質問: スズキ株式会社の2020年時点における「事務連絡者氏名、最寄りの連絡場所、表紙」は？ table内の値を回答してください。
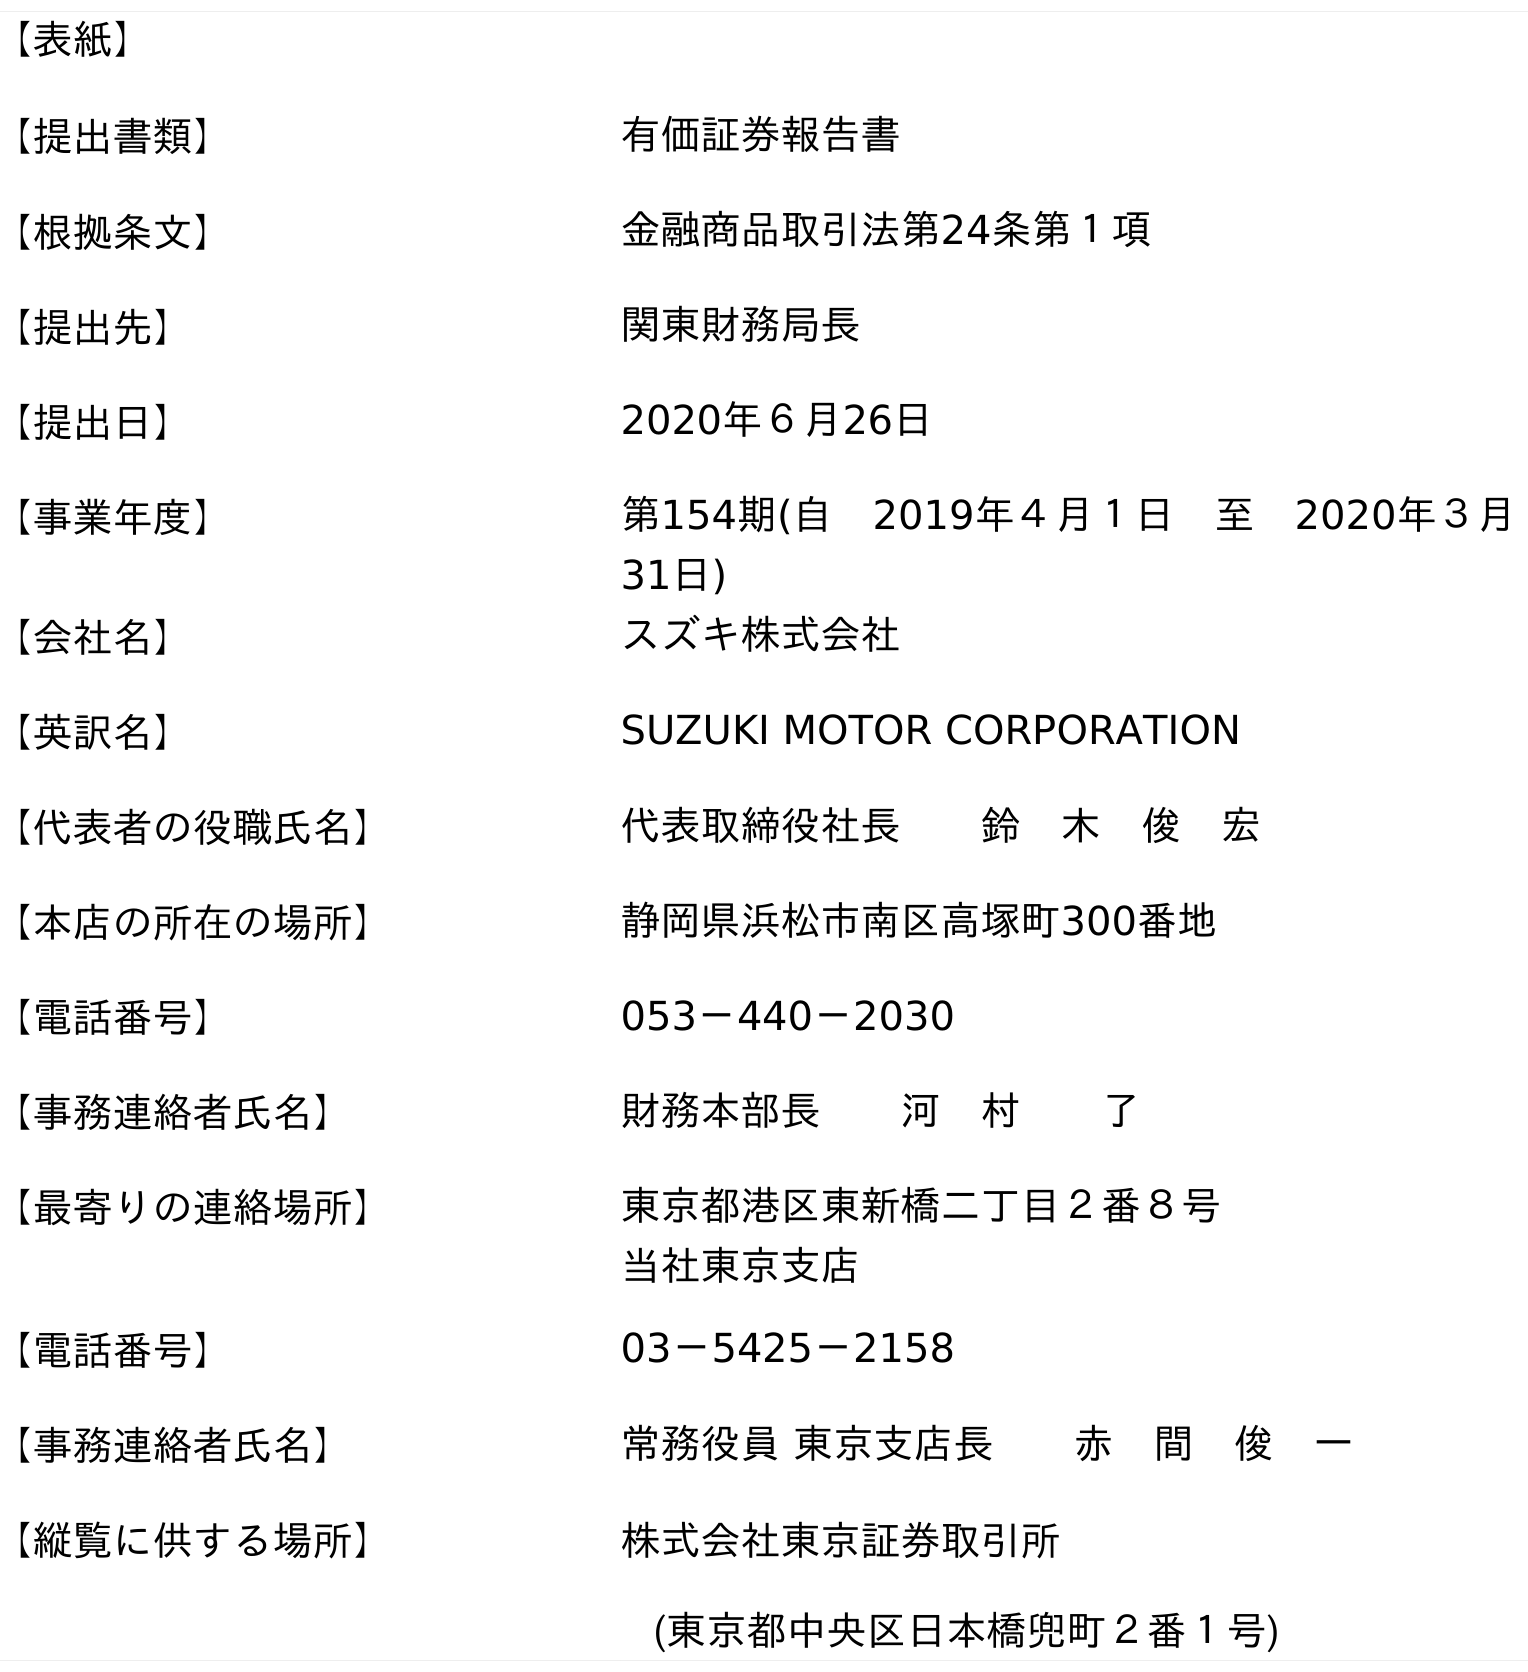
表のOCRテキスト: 【表紙】 【提出書類】 有価証券報告書 【根拠条文】 金融商品取引法第24条第１項 【提出先】 関東財務局長 【提出日】 2020年６月26日 【事業年度】 第154期(自 2019年４月１日 至 2020年３月 31日) 【会社名】 スズキ株式会社 【英訳名】 SUZUKI MOTOR CORPORATION 【代表者の役職氏名】 代表取締役社長  鈴 木 俊 宏 【本店の所在の場所】 静岡県浜松市南区高塚町300番地 【電話番号】 053－440－2030 【事務連絡者氏名】 財務本部長  河 村  了 【最寄りの連絡場所】 東京都港区東新橋二丁目２番８号 当社東京支店 【電話番号】 03－5425－2158 【事務連絡者氏名】 常務役員 東京支店長  赤 間 俊 一 【縦覧に供する場所】 株式会社東京証券取引所 (東京都中央区日本橋兜町２番１号)
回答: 常務役員 東京支店長赤　間　俊　一